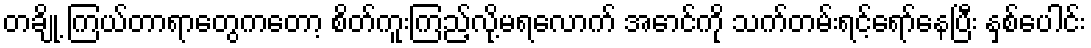
တချို့ ကြယ်တာရာတွေကတော့ စိတ်ကူးကြည့်လို့မရလောက် အောင်ကို သက်တမ်းရင့်ရော်နေပြီး နှစ်ပေါင်း